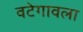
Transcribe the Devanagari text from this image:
वटेगावला